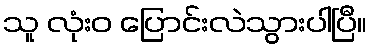
သူ လုံးဝ ပြောင်းလဲသွားပါပြီ။